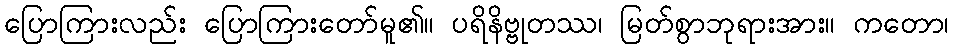
ပြောကြားလည်း ပြောကြားတော်မူ၏။ ပရိနိဗ္ဗုတဿ၊ မြတ်စွာဘုရားအား။ ကတော၊